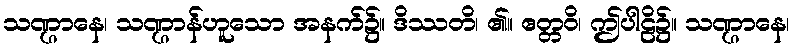
သဏ္ဌာနေ၊ သဏ္ဌာန်ဟူသော အနက်၌။ ဒိဿတိ၊ ၏။ ဧတ္တဝိ၊ ဤပါဠိ၌။ သဏ္ဌာနေ၊